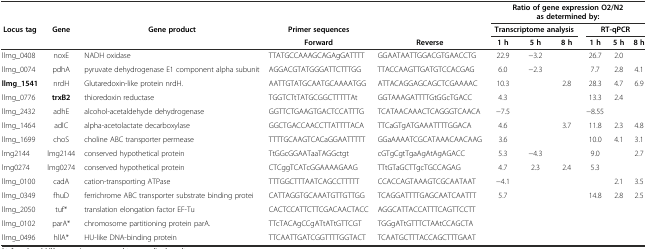
<table><thead><tr><td></td><td></td><td></td><td></td><td></td><td colspan="6"><b>Ratio of gene expression O2/N2 as determined by:</b></td></tr><tr><td><b>Locus tag</b></td><td><b>Gene</b></td><td><b>Gene product</b></td><td><b>Primer sequences</b></td><td></td><td colspan="3"><b>Transcriptome analysis</b></td><td colspan="3"><b>RT-qPCR</b></td></tr><tr><td></td><td></td><td></td><td><b>Forward</b></td><td><b>Reverse</b></td><td><b>1 h</b></td><td><b>5 h</b></td><td><b>8 h</b></td><td><b>1 h</b></td><td><b>5 h</b></td><td><b>8 h</b></td></tr></thead><tbody><tr><td>llmg_0408</td><td>noxE</td><td>NADH oxidase</td><td>TTATGCCAAAGCAGAgGATTTT</td><td>GGAATAATTGGACGTGAACCTG</td><td>22.9</td><td>−3.2</td><td></td><td>26.7</td><td>2.0</td><td></td></tr><tr><td>llmg_0074</td><td>pdhA</td><td>pyruvate dehydrogenase E1 component alpha subunit</td><td>AGGACGTATGGGATTCTTTGG</td><td>TTACCAAGTTGATGTCCACGAG</td><td>6.0</td><td>−2.3</td><td></td><td>7.7</td><td>2.8</td><td>4.1</td></tr><tr><td><b>llmg_1541</b></td><td>nrdH</td><td>Glutaredoxin-like protein nrdH.</td><td>AATTGTATGCAATGCAAAATGG</td><td>ATTACAGGAGCAGCTCGAAAAC</td><td>10.3</td><td></td><td>2.8</td><td>28.3</td><td>4.7</td><td>6.9</td></tr><tr><td>llmg_0776</td><td><b>trxB2</b></td><td>thioredoxin reductase</td><td>TGGTCTtTATGCGGCTTTTTAt</td><td>GGTAAAGATTTTGtGGcTGACC</td><td>4.3</td><td></td><td></td><td>13.3</td><td>2.4</td><td></td></tr><tr><td>llmg_2432</td><td>adhE</td><td>alcohol-acetaldehyde dehydrogenase</td><td>GGTTCTGAAGTGACTCCATTTG</td><td>TCATAACAAACTCAGGGTCAACA</td><td>−7.5</td><td></td><td></td><td>−8.55</td><td></td><td></td></tr><tr><td>llmg_1464</td><td>adlC</td><td>alpha-acetolactate decarboxylase</td><td>GGCTGACCAACCTTATTTTACA</td><td>TTCaGTgATGAAATTTTGGACA</td><td>4.6</td><td></td><td>3.7</td><td>11.8</td><td>2.3</td><td>4.8</td></tr><tr><td>llmg_1699</td><td>choS</td><td>choline ABC transporter permease</td><td>TTTTGCAAGTCACaGGAATTTTT</td><td>GGaAAAATCGCATAAACAACAAG</td><td>3.6</td><td></td><td></td><td>10.0</td><td>4.1</td><td>3.1</td></tr><tr><td>lmg2144</td><td>lmg2144</td><td>conserved hypothetical protein</td><td>TtGGcGGAATaaTAGGctgt</td><td>cGTgCgtTgaAgAtAgAGACC</td><td>5.3</td><td>−4.3</td><td></td><td>9.0</td><td></td><td>2.7</td></tr><tr><td>lmg0274</td><td>lmg0274</td><td>conserved hypothetical protein</td><td>CTCggTCATcGGAAAAGAAG</td><td>TTtGTaGCTTgcTGCCAGAG</td><td>4.7</td><td>2.3</td><td>2.4</td><td>5.3</td><td></td><td></td></tr><tr><td>llmg_0100</td><td>cadA</td><td>cation-transporting ATPase</td><td>TTTGGCTTTAATCAGCCTTTTT</td><td>CCACCAGTAAAGTCGCAATAAT</td><td>−4.1</td><td></td><td></td><td></td><td>2.1</td><td>3.5</td></tr><tr><td>llmg_0349</td><td>fhuD</td><td>ferrichrome ABC transporter substrate binding protei</td><td>CATTAGGTGCAAATGTTGTTGG</td><td>TCAGGATTTTGAGCAATCAATTT</td><td>5.7</td><td></td><td></td><td>14.8</td><td>2.8</td><td>2.5</td></tr><tr><td>llmg_2050</td><td>tuf*</td><td>translation elongation factor EF-Tu</td><td>CACTCCATTCTTCGACAACTACC</td><td>AGGCATTACCATTTCAGTTCCTT</td><td></td><td></td><td></td><td></td><td></td><td></td></tr><tr><td>llmg_0102</td><td>parA*</td><td>chromosome partitioning protein parA.</td><td>TTcTACAgCCgATtATtGTTCGT</td><td>TGGgATtGTTTCTAAtCCAGCTA</td><td></td><td></td><td></td><td></td><td></td><td></td></tr><tr><td>llmg_0496</td><td>hllA*</td><td>HU-like DNA-binding protein</td><td>TTCAATTGATCGGTTTTGGTACT</td><td>TCAATGCTTTACCAGCTTTGAAT</td><td></td><td></td><td></td><td></td><td></td><td></td></tr></tbody></table>